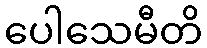
ပေါသေမီတိ